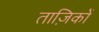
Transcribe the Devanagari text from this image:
ताज़िकों